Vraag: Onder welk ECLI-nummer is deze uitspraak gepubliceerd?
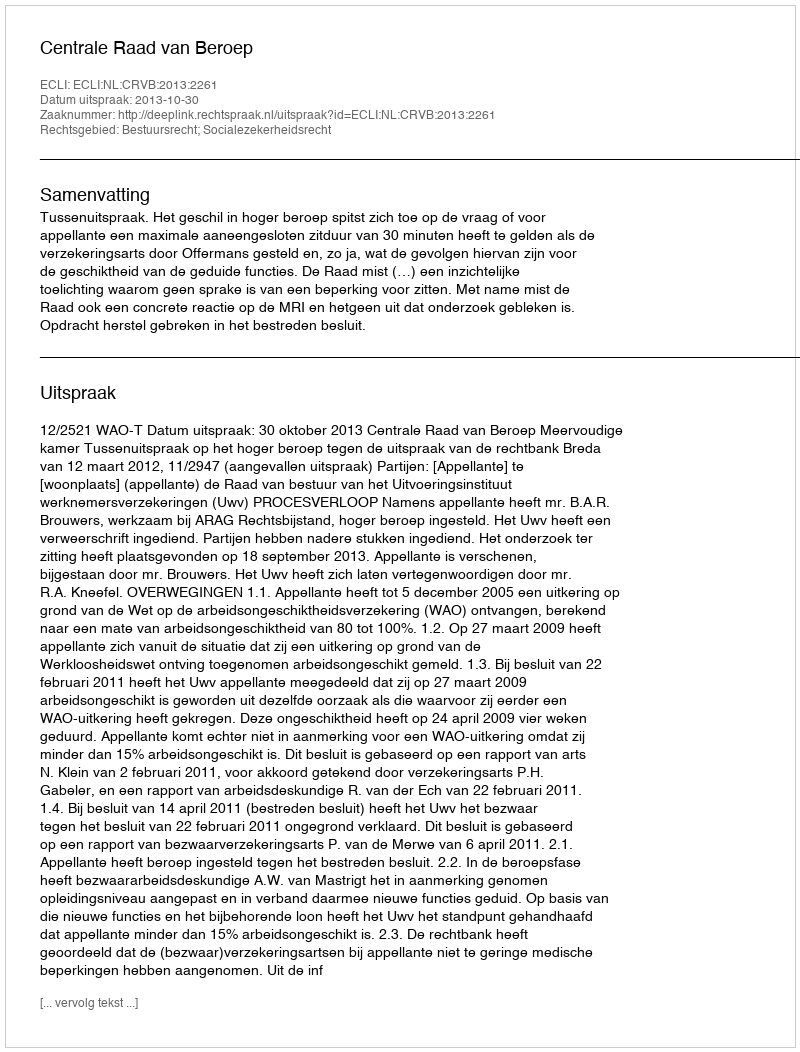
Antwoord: ECLI:NL:CRVB:2013:2261